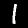
Label: 1